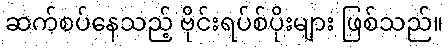
ဆက်စပ်နေသည့် ဗိုင်းရပ်စ်ပိုးများ ဖြစ်သည်။